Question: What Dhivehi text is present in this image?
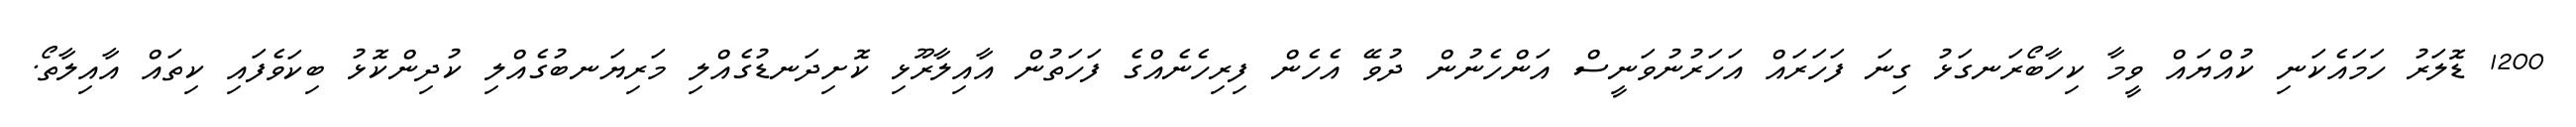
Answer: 1200 ޑޮލަރު ހަމައެކަނި ކުއްޔައް ވީމާ ކިހާބޯރަނގަޅު ގިނަ ފަހަރައް އަހަރުނުވަނީސް އަންހެނުން ދުވޭ އެހެން ފިރިހެނެއްގެ ފަހަތުން އާއިލާރޫޅި ކޮށިދަނޑުގެއްލި މަރިޔަނބުގެއްލި ކުދިންކޮޅު ބިކަވެފައި ކިތައް އާއިލާތޯ.